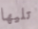
تليها